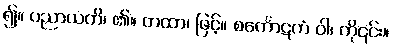
၍။ ပညာယတိ၊ ၏။ တထာ၊ ဖြင့်။ စင်္ကောဋကံ ဝါ၊ ကို၎င်း။